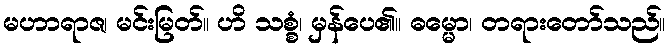
မဟာရာဇ၊ မင်းမြတ်။ ဟိ သစ္စံ၊ မှန်ပေ၏။ ဓမ္မော၊ တရားတော်သည်။